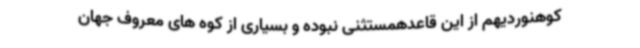
کوهنوردیهم از این قاعدهمستثنی نبوده و بسیاری از کوه های معروف جهان